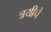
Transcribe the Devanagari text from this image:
त्रयीचे